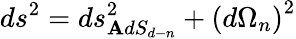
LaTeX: ds^{2}=ds_{\mathbf{A}dS_{d-n}}^{2}+\left(d\Omega_{n}\right)^{2}